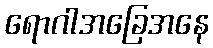
ရောဂါအခြေအနေ